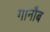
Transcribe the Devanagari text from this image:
गानौब